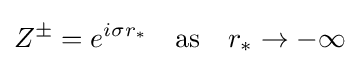
Z^{\pm }=e^{i\sigma r_{*}}\quad {\text{as}}\quad r_{*}\rightarrow -\infty